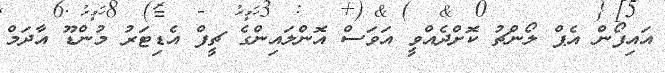
އައިފޯން އެޕް ލޯންޗު ކޮށްދެއްވީ އަވަސް އޮންލައިންގެ ޗީފް އެޑިޓަރު މުންޑޫ އާދަމް